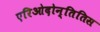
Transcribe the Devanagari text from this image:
एरिओदोन्तितिस